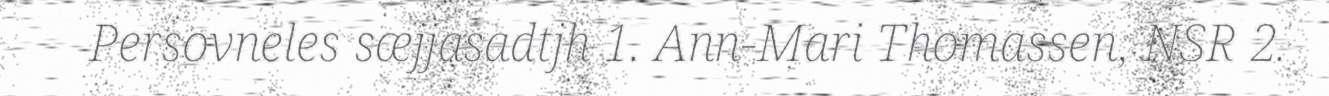
Persovneles sæjjasadtjh 1. Ann-Mari Thomassen, NSR 2.